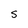
Character: S